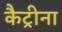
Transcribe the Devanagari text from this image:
कैट्रीना